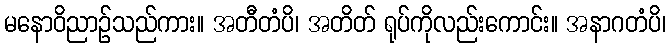
မနောဝိညာဉ်သည်ကား။ အတီတံပိ၊ အတိတ် ရုပ်ကိုလည်းကောင်း။ အနာဂတံပိ၊